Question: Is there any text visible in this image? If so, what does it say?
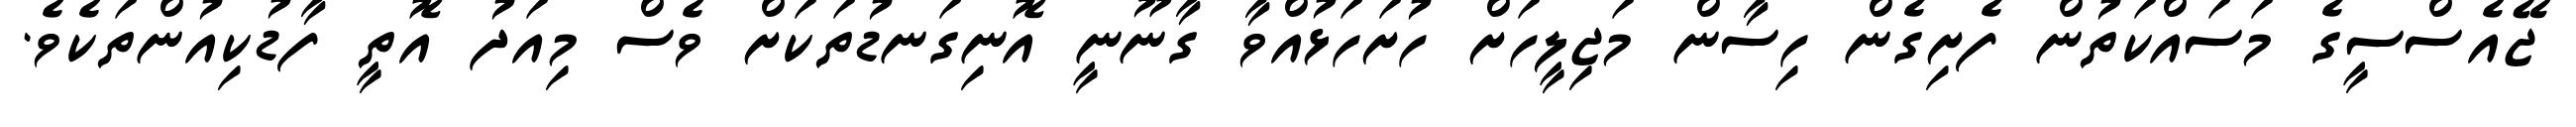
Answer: ޖޭއެސްސީގެ މަސައްކަތުން ފެށިގެން ހިސާން މަޖިލީހަށް ހުށަހަޅުއްވާ ގާނޫނީ އޮނިގަނޑުތަކަށް ވެސް މިއަދު އޮތީ ފާޑުކިއުންތަކެވެ.